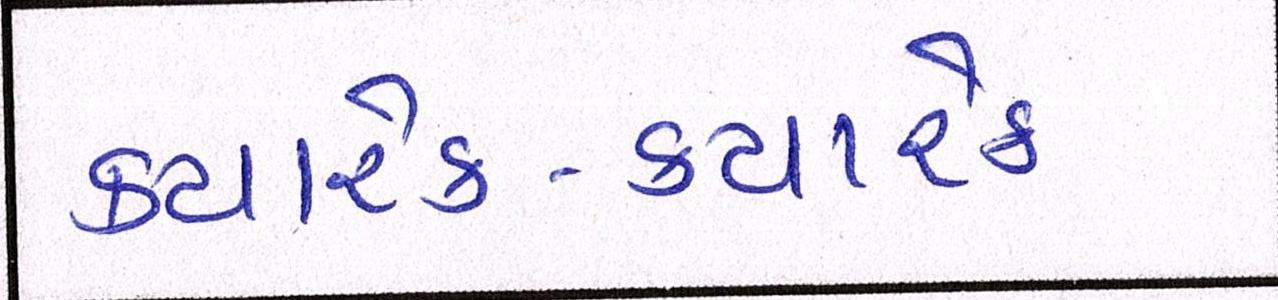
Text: ક્યારેક-ક્યારેક